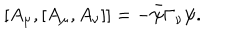
LaTeX: [ A _ { \mu } , [ A _ { \mu } , A _ { \nu } ] ] = - \bar { \psi } \Gamma _ { \nu } \psi .